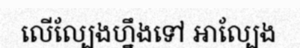
លើល្បែងហ្នឹងទៅ អាល្បែង